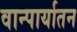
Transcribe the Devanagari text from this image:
वान्पार्यातन